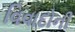
વિવાદોની